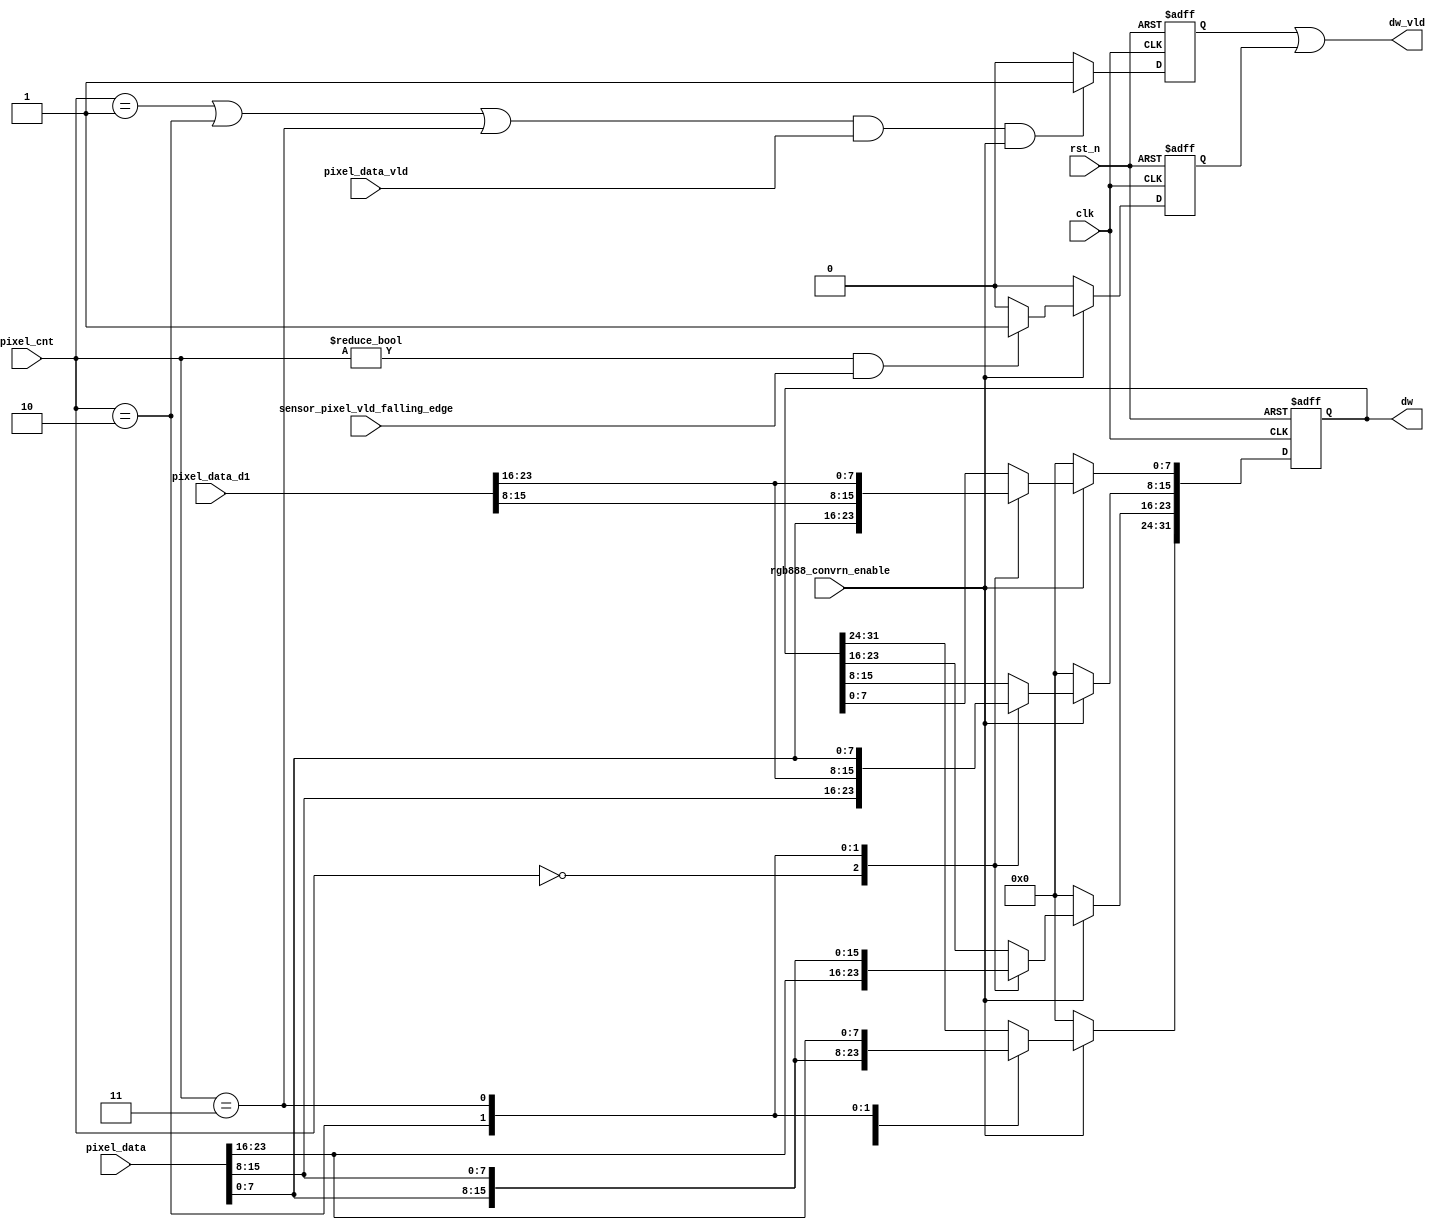
module csi2tx_rgb888_p2b 
(
 input  wire         clk,
 input  wire         rst_n,
 input  wire [1:0]   pixel_cnt,
 input  wire [23:0]  pixel_data,
 input  wire [23:0]  pixel_data_d1,
 input  wire         pixel_data_vld,
 input  wire         sensor_pixel_vld_falling_edge,
 input  wire         rgb888_convrn_enable,
 output wire [31:0]  dw,
 output wire         dw_vld
 );
 
/*---------------------------------------------------------------------------*/
 // Internal Signal declaration
 /*---------------------------------------------------------------------------*/
 reg  [31:0] dw_reg;
 reg         dw_vld_s;
 wire        min_rxed_pkt_vld;
 reg         d_min_rxed_pkt_vld;
 
 
 /*---------------------------------------------------------------------------*/
 // Output valid generation, when the received packet is of 24bits i.e. 3 bytes
 
 assign min_rxed_pkt_vld = ( rgb888_convrn_enable  ? 
                           (( ( pixel_cnt != 0 ) && sensor_pixel_vld_falling_edge ) ? 1'b1 : 1'b0 ) 
                           : 1'b0 );
 
/* Regsiter */
 always@(posedge clk or negedge rst_n)
 begin
  if ( rst_n == 1'b0 )
    d_min_rxed_pkt_vld <= 1'b0;
  else
    d_min_rxed_pkt_vld <= min_rxed_pkt_vld;
 end
 
 /*---------------------------------------------------------------------------*/
 // Logic to convert the pixel to dw
 // This is been registerd as this interface is expected to work at around 400Mhz
 always@(posedge clk or negedge rst_n)
 begin
  if ( rst_n == 1'b0 )
   dw_reg <= 32'b0;
  else if (rgb888_convrn_enable)
   case (pixel_cnt)
    2'b00 : dw_reg[23:0]   <= pixel_data;
    2'b01 : dw_reg[31:24]  <= pixel_data[7:0];
    2'b10 :
    begin
     dw_reg[15:0]  <= pixel_data_d1[23:8];
     dw_reg[31:16] <= pixel_data[15:0];
    end
    2'b11 :
     begin
      dw_reg[7:0]  <= pixel_data_d1[23:16];
      dw_reg[31:8] <= pixel_data[23:0];
     end
    default : dw_reg <= 32'b0;
   endcase
  else
   dw_reg <= 32'b0;   
 end
 
 assign dw = dw_reg;
 
 // As the data valid is registered version, check the count one clock before
 always@(posedge clk or negedge rst_n)
 begin
  if (rst_n == 1'b0)
   dw_vld_s <= 1'b0;
  else if ( ((pixel_cnt == 2'b01) || (pixel_cnt == 2'b10) || (pixel_cnt == 2'b11) ) &&
            pixel_data_vld && rgb888_convrn_enable)
   dw_vld_s <= 1'b1;
  else
   dw_vld_s <= 1'b0;
 end
 
 assign dw_vld = ( dw_vld_s || d_min_rxed_pkt_vld ); 
endmodule